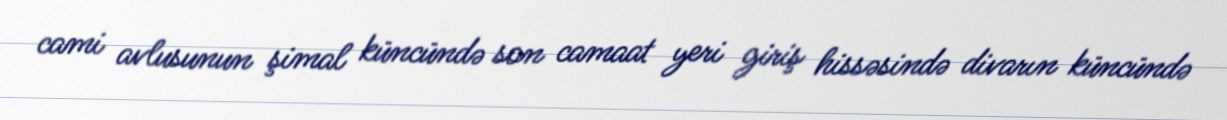
cami avlusunun şimal küncündə son camaat yeri giriş hissəsində divarın küncündə